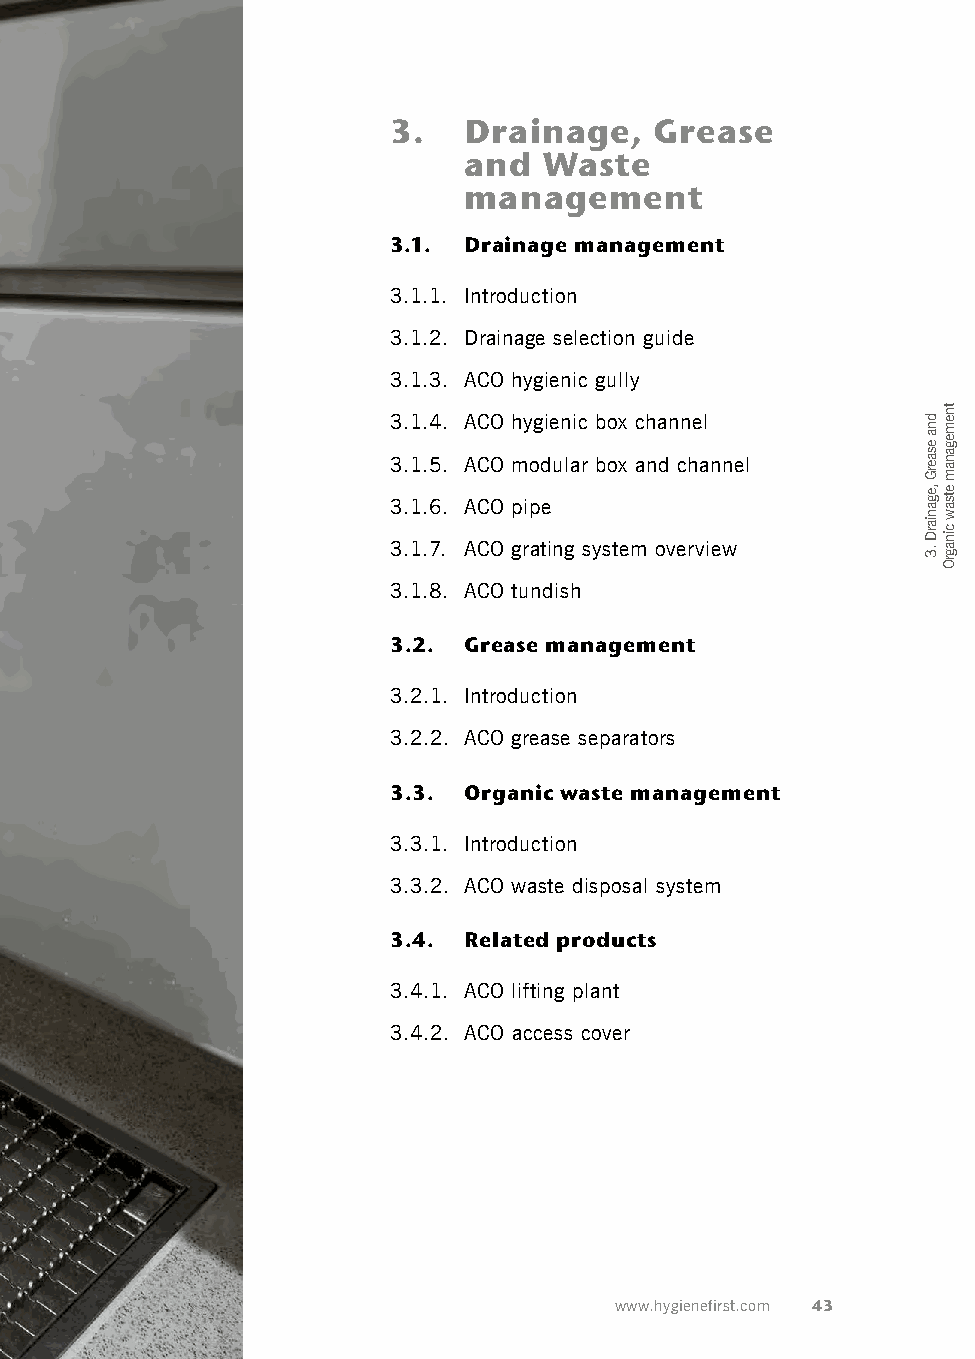
3.   Drainage,   Grease
 and  Waste
 management
 3.1. Drainage management
 3.1.1. Introduction
 3.1.2. Drainage selection guide
 3.1.3. ACO hygienic gully
 3.1.4. ACO hygienic box channel
 3.1.5. ACO modular box and channel
 3.1.6. ACO pipe
 3.1.7. ACO grating system overview
 3.1.8. ACO tundish
 3.2. Grease management
 3.2.1. Introduction
 3.2.2. ACO grease separators
 3.3. Organic waste management
 3.3.1. Introduction
 3.3.2. ACO waste disposal system
 3.4. Related products
 3.4.1. ACO lifting plant
 3.4.2. ACO access cover
 www.hygienefirst.com 43
 dna
 esaerG
 ,eganiarD
 .3
 tnemeganam
 etsaw
 cinagrO